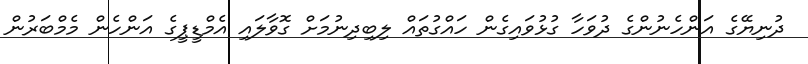
ދުނިޔޭގެ އަންހެނުންގެ ދުވަހާ ގުޅުވައިގެން ހައްގުތައް ލިބިދިނުމަށް ގޮވާލައި އެމްޑީޕީގެ އަންހެން މެމްބަރުން